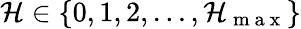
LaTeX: \mathcal{H}\in\{ 0,1,2,\dots,\mathcal{H}_{\mathrm{{~m~a~x~}}}\}